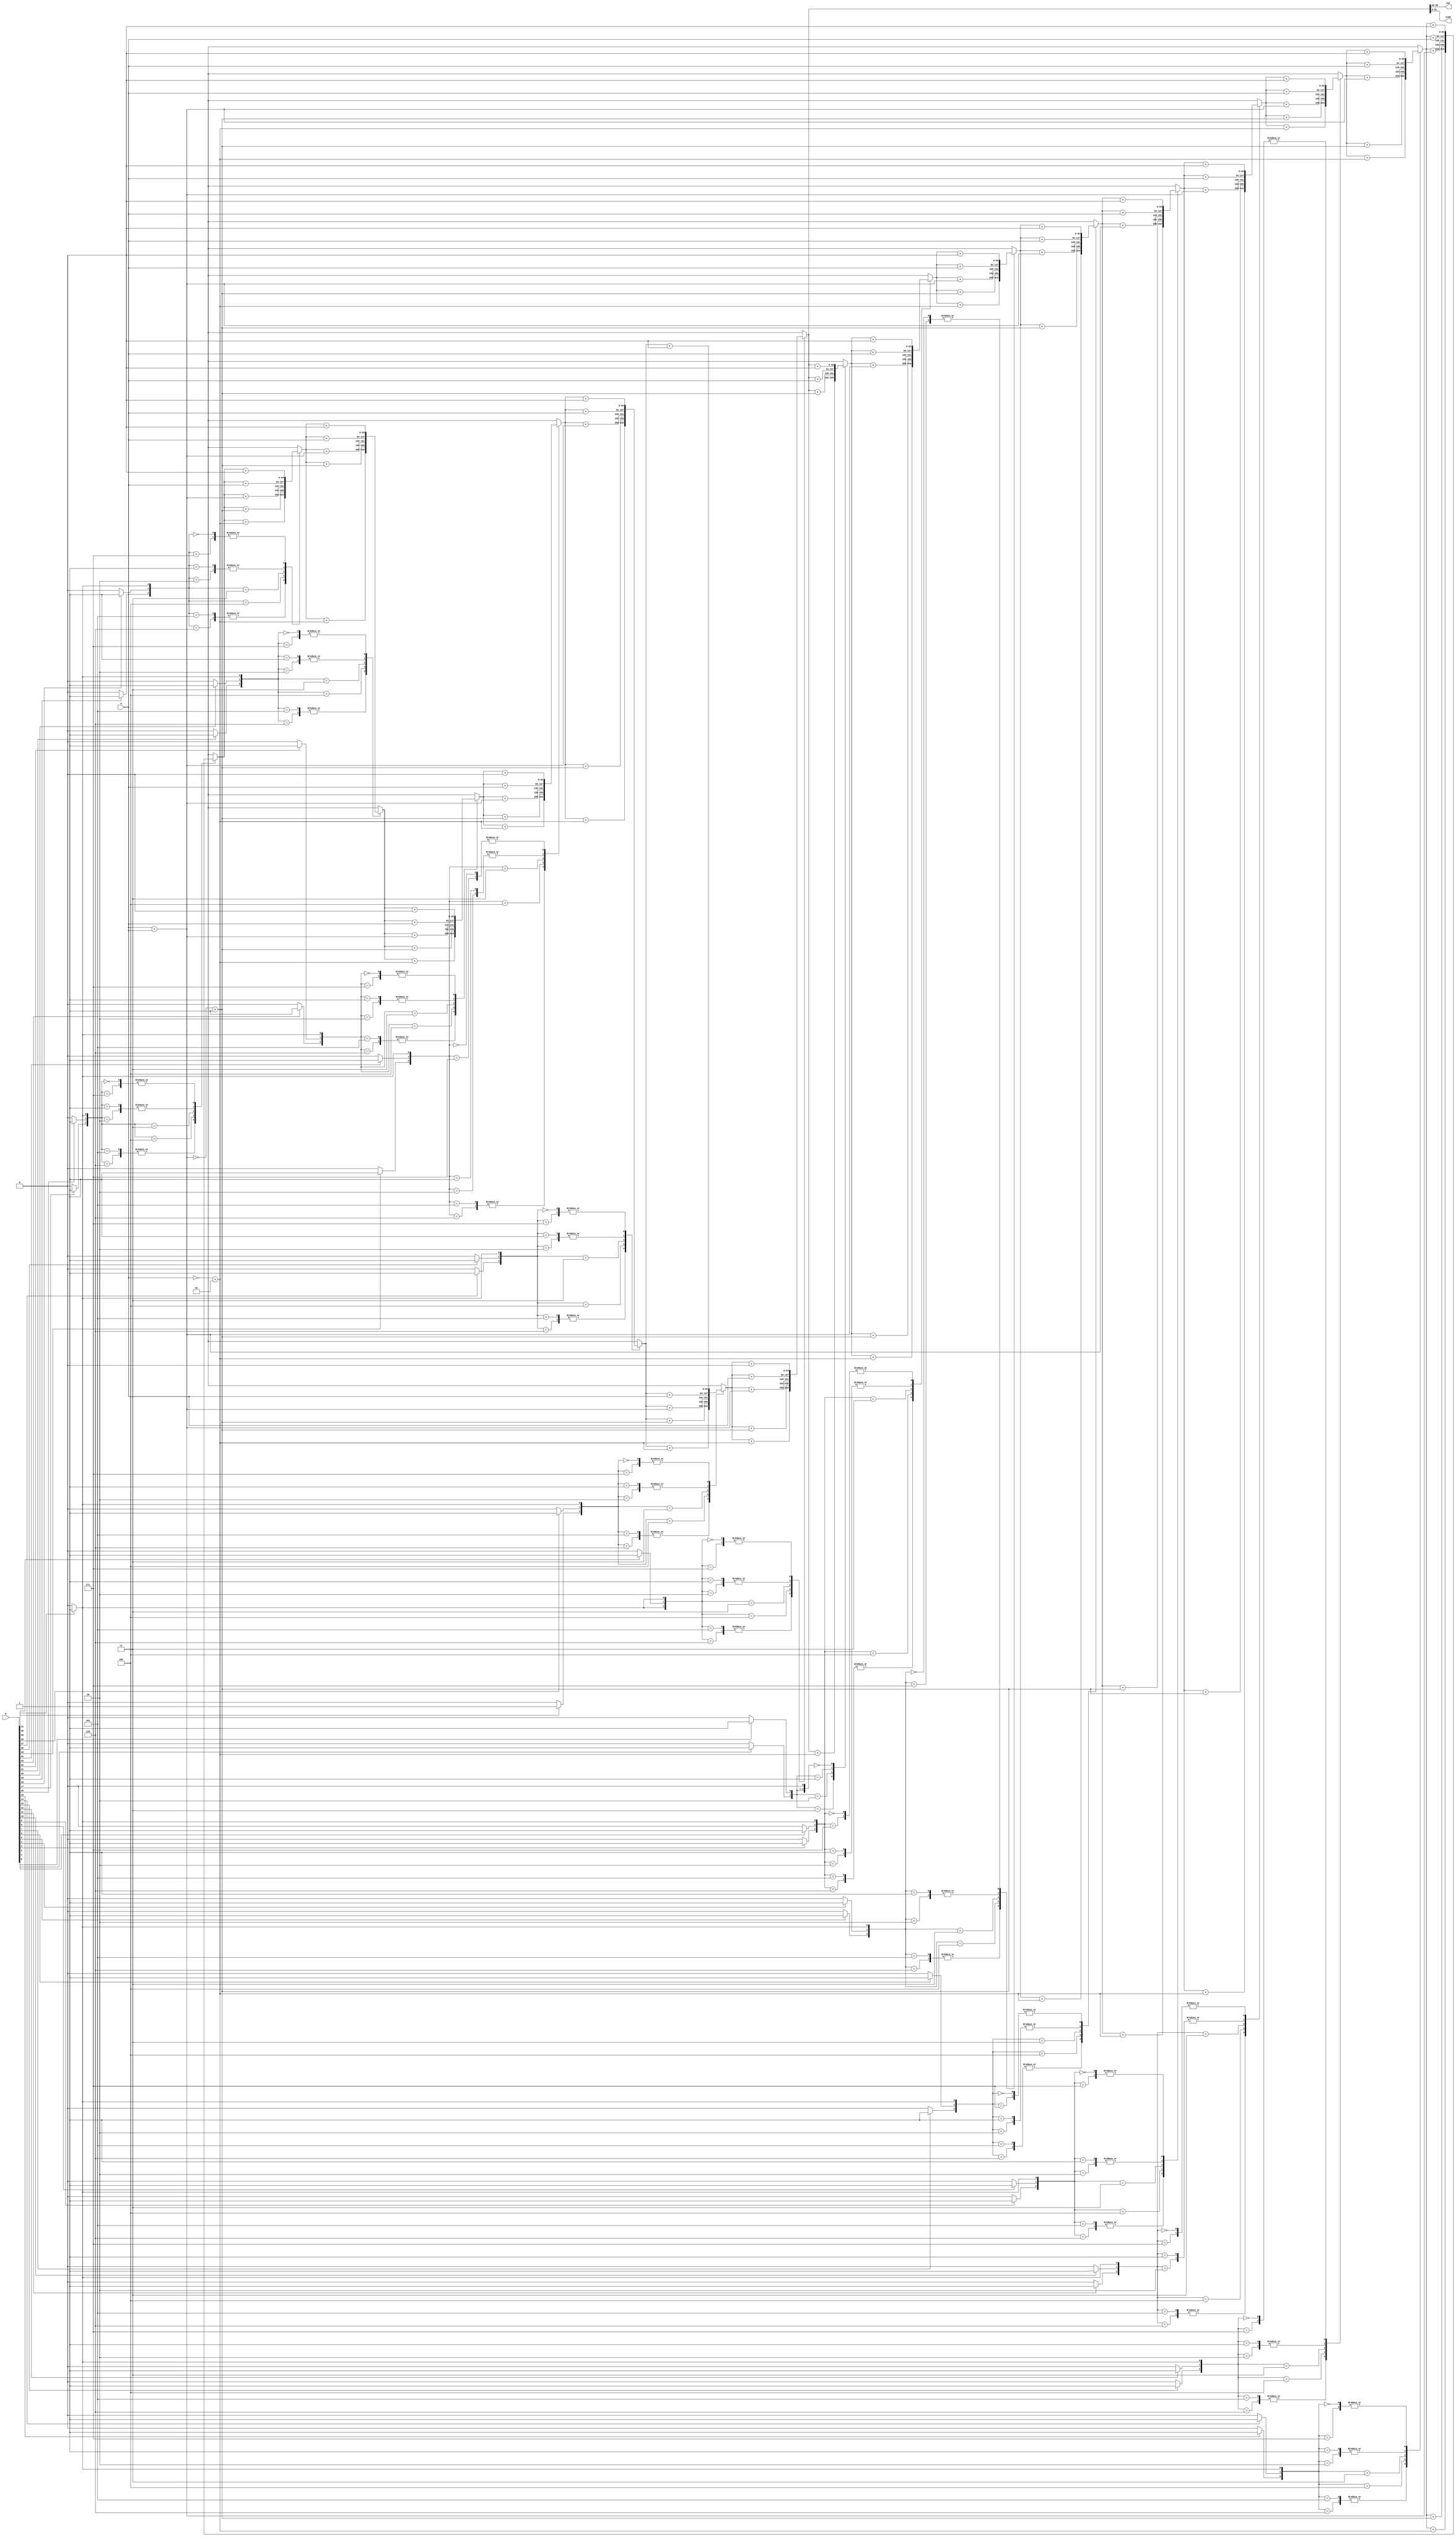
// Booth Algorithm for multiplication

module MUL(cHI, cLOW, a, b);
    output [31:0] cHI, cLOW;
    input signed [31:0] a, b;

    wire [31:0] twos_a, double_a, twos_double_a;
    reg [2:0] boi; // bits of interest

    // hold the output value
    reg [63:0] C;

    // keep count
    integer i = 0;
	 reg [0:0] j, k, p;

    // Multiplicand selected at position i
    assign twos_a = ~a + 1; // -M (or a)
    assign double_a = a + a; // +2*M ( or 2*a)
    assign twos_double_a = ~double_a + 1; // -2*M ( or -2*a)
	 
	 always @ (*) begin
		 for(i = 0; i < 32; i = i + 2) begin
			  if (b[i] == 0) begin
					j = 1'b0;
			  end
			  else begin
					j = 1'b1;
			  end
			  if (b[i+1] == 0) begin
					k = 1'b0;
			  end
			  else begin
					k = 1'b1;
			  end
			  // determine the bits of interest at position i
			  if (i == 0) begin
					boi = {k, j, 1'b0};
			  end
			  else begin
					boi = {k, j, p};
			  end

			  // add to the total
			  case (boi) 
					3'b111 : begin
						 C = C + 0;
					end
					3'b110 : begin
						 C = C + twos_a;
					end
					3'b101 : begin
						 C = C + twos_a;
					end
					3'b100 : begin
						 C = C + twos_double_a;
					end
					3'b011 : begin
						 C = C + double_a;
					end
					3'b010 : begin
						 C  = C + a;
					end
					3'b001 : begin
						 C = C + a;
					end
					3'b000 : begin
						 C = C + 0;
					end
					default : begin end
			  endcase
			  p <= k;
			end 
    end
	// output
	assign cLOW = C[31:0]; // bottom 32-bits
   assign cHI = C[63:32]; // top 32-bits
endmodule   //MUL